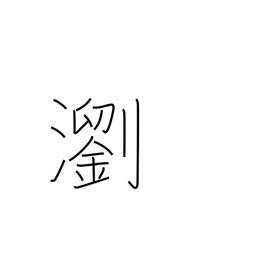
Meaning: clear